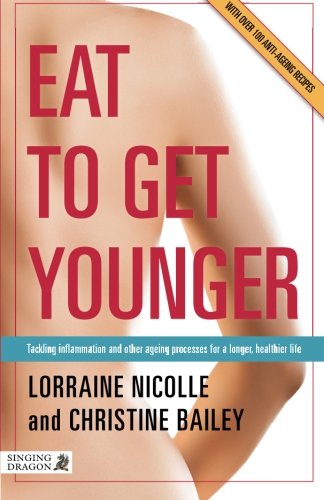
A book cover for Eat to Get Younger: Tackling inflammation and other ageing processes for a longer, healthier life; Christine Bailey; Health, Fitness & Dieting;